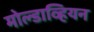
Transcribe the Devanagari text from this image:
मोल्डाव्हियन